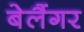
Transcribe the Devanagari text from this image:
बेलैंगर